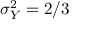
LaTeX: \sigma _ { Y } ^ { 2 } = 2 / 3